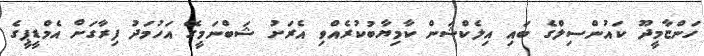
ހަންޏާމީދޫ ކައުންސިލްގެ ބައި އިލެކްޝަން ކާމިޔާބުކުރެއްވި އެރަށު ޝަބްނަމީގޭ އަހުމަދު ފިރާގަށް އެމްޑީޕީގެ